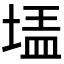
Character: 𰊃